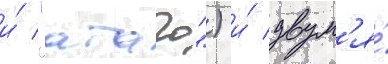
и́ "атаго") и́ двум'я́